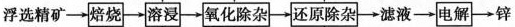
浮选精矿 \rightarrow \boxed{焙烧} \rightarrow \boxed{溶浸} \rightarrow \boxed{氧化除杂} \rightarrow \boxed{还原除杂} \rightarrow 滤液 \rightarrow \boxed{电解} \rightarrow 锌